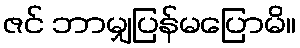
ဇင် ဘာမျှပြန်မပြောမိ။